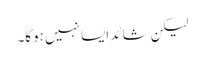
لیکن شائد ایسا نہیں ہوگا۔